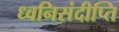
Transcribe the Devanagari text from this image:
ध्वनिसंदीप्ति